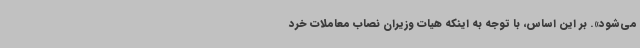
می‌شود». بر این اساس، با توجه به اینکه هیات وزیران نصاب معاملات خرد